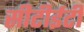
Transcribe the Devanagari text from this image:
सीटीईटी